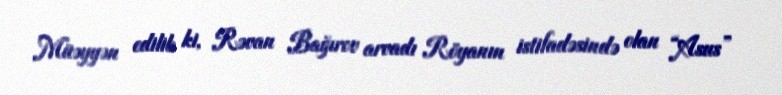
Müəyyən edilib ki, Rəvan Bağırov arvadı Röyanın istifadəsində olan “Asus”